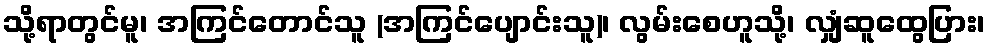
သို့ရာတွင်မူ၊ အကြင်တောင်သူ (အကြင်ပျောင်းသူ)၊ လွမ်းစေဟူသို့၊ လျှံဆူထွေပြား၊